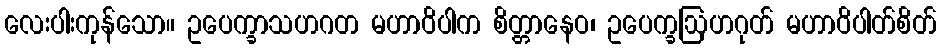
လေးပါးကုန်သော။ ဥပေက္ခာသဟဂတ မဟာဝိပါက စိတ္တာနေဝ၊ ဥပေက္ခဩဟဂုတ် မဟာဝိပါတ်စိတ်